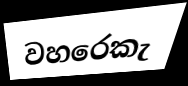
වහරෙකැ